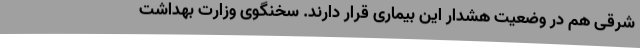
شرقی هم در وضعیت هشدار این بیماری قرار دارند. سخنگوی وزارت بهداشت